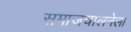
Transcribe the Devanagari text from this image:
समाजचालनेला